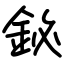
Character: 鉍